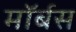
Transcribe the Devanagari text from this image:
मॉर्बस